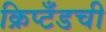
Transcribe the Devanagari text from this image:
क्रिप्टँडची